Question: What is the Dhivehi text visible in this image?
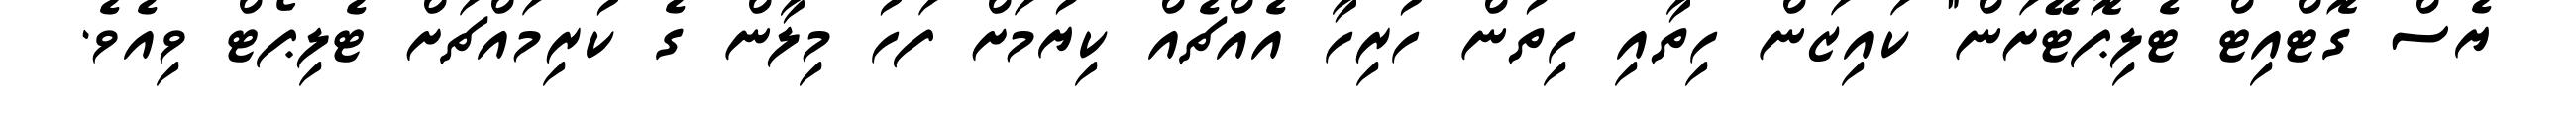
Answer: ޔެސް ގޮޓްއިޓް ޓެލިޕޮޓޭށަން" ކައިޒަން ހިތާއި ހިތުން ހުރިހާ އެއްޗެއް ކިޔުމަށް ފަހު މިލާން ގެ ކުރިމައްޗަށް ޓެލިޕޯޓް ވިއެވެ.